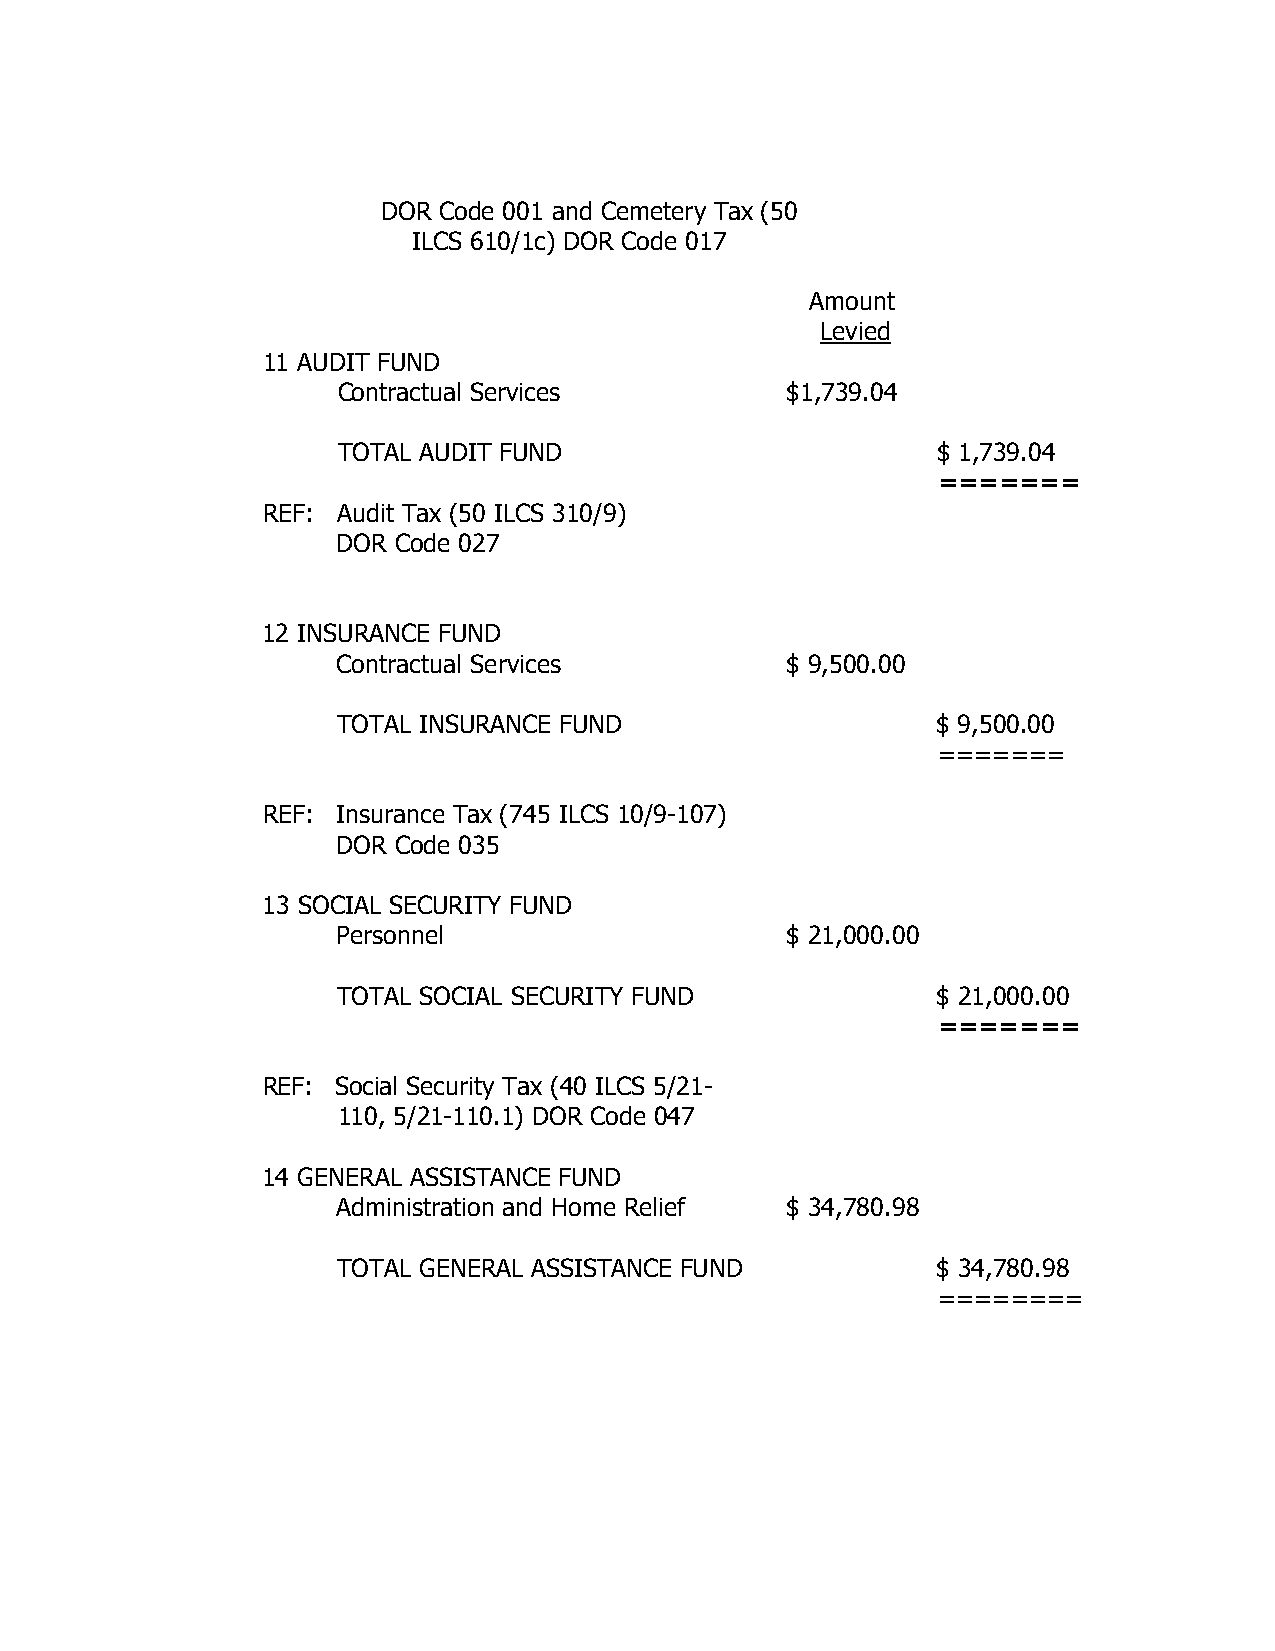
DOR Code 001 and Cemetery Tax (50
 ILCS 610/1c) DOR Code 017
 Amount
 Levied
 11 AUDIT FUND
 Contractual Services          $1,739.04
 TOTAL AUDIT FUND                        $ 1,739.04
 =======
 REF: Audit Tax (50 ILCS 310/9)
 DOR Code 027
 12 INSURANCE FUND
 Contractual Services          $ 9,500.00
 TOTAL INSURANCE FUND                    $ 9,500.00
 =======
 REF: Insurance Tax (745 ILCS 10/9-107)
 DOR Code 035
 13 SOCIAL SECURITY FUND
 Personnel                     $ 21,000.00
 TOTAL SOCIAL SECURITY FUND              $ 21,000.00
 =======
 REF: Social Security Tax (40 ILCS 5/21-
 110, 5/21-110.1) DOR Code 047
 14 GENERAL ASSISTANCE FUND
 Administration and Home Relief $ 34,780.98
 TOTAL GENERAL ASSISTANCE FUND           $ 34,780.98
 ========